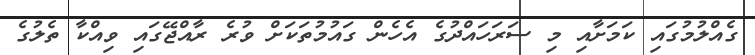
ގެއްލުމުގައި ކަމަށާއި މި ސަރަހައްދުގެ އެހެން ގައުމުތަކަށް ވުރެ ރާއްޖޭގައި ވިއްކާ ތެލުގެ